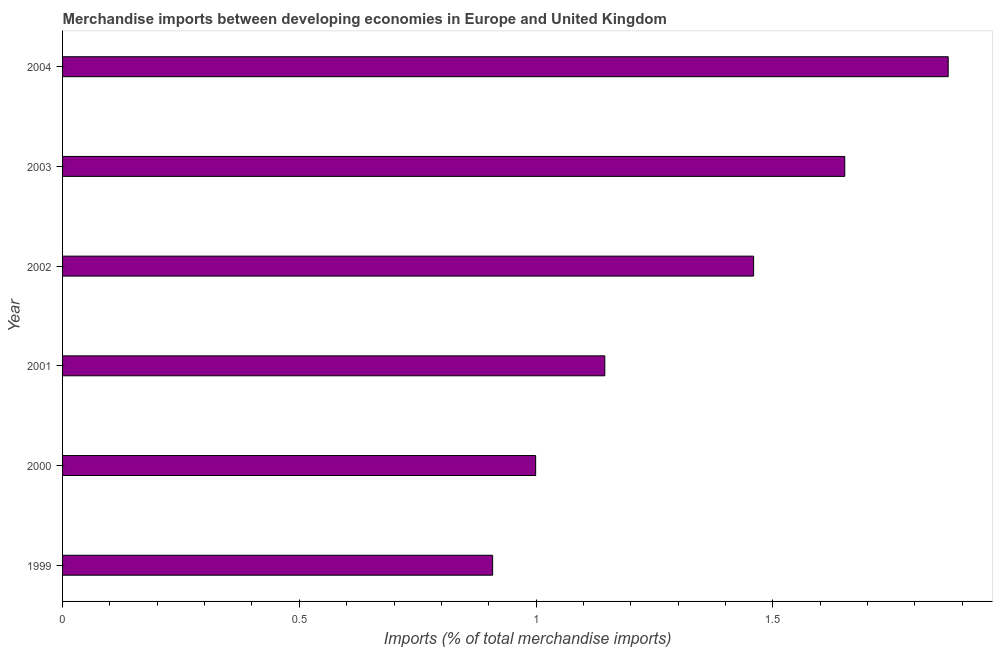
| Year | Merchandise imports |
 | --- | --- |
 | 1999 | 0.908 |
 | 2000 | 0.999 |
 | 2001 | 1.15 |
 | 2002 | 1.46 |
 | 2003 | 1.65 |
 | 2004 | 1.87 |